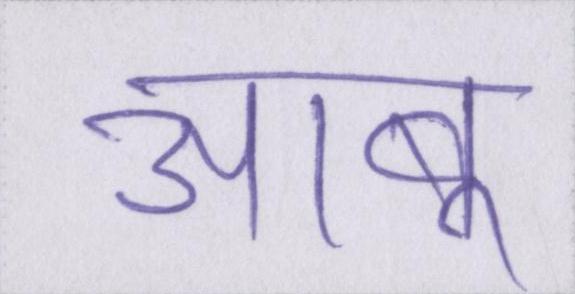
आबू